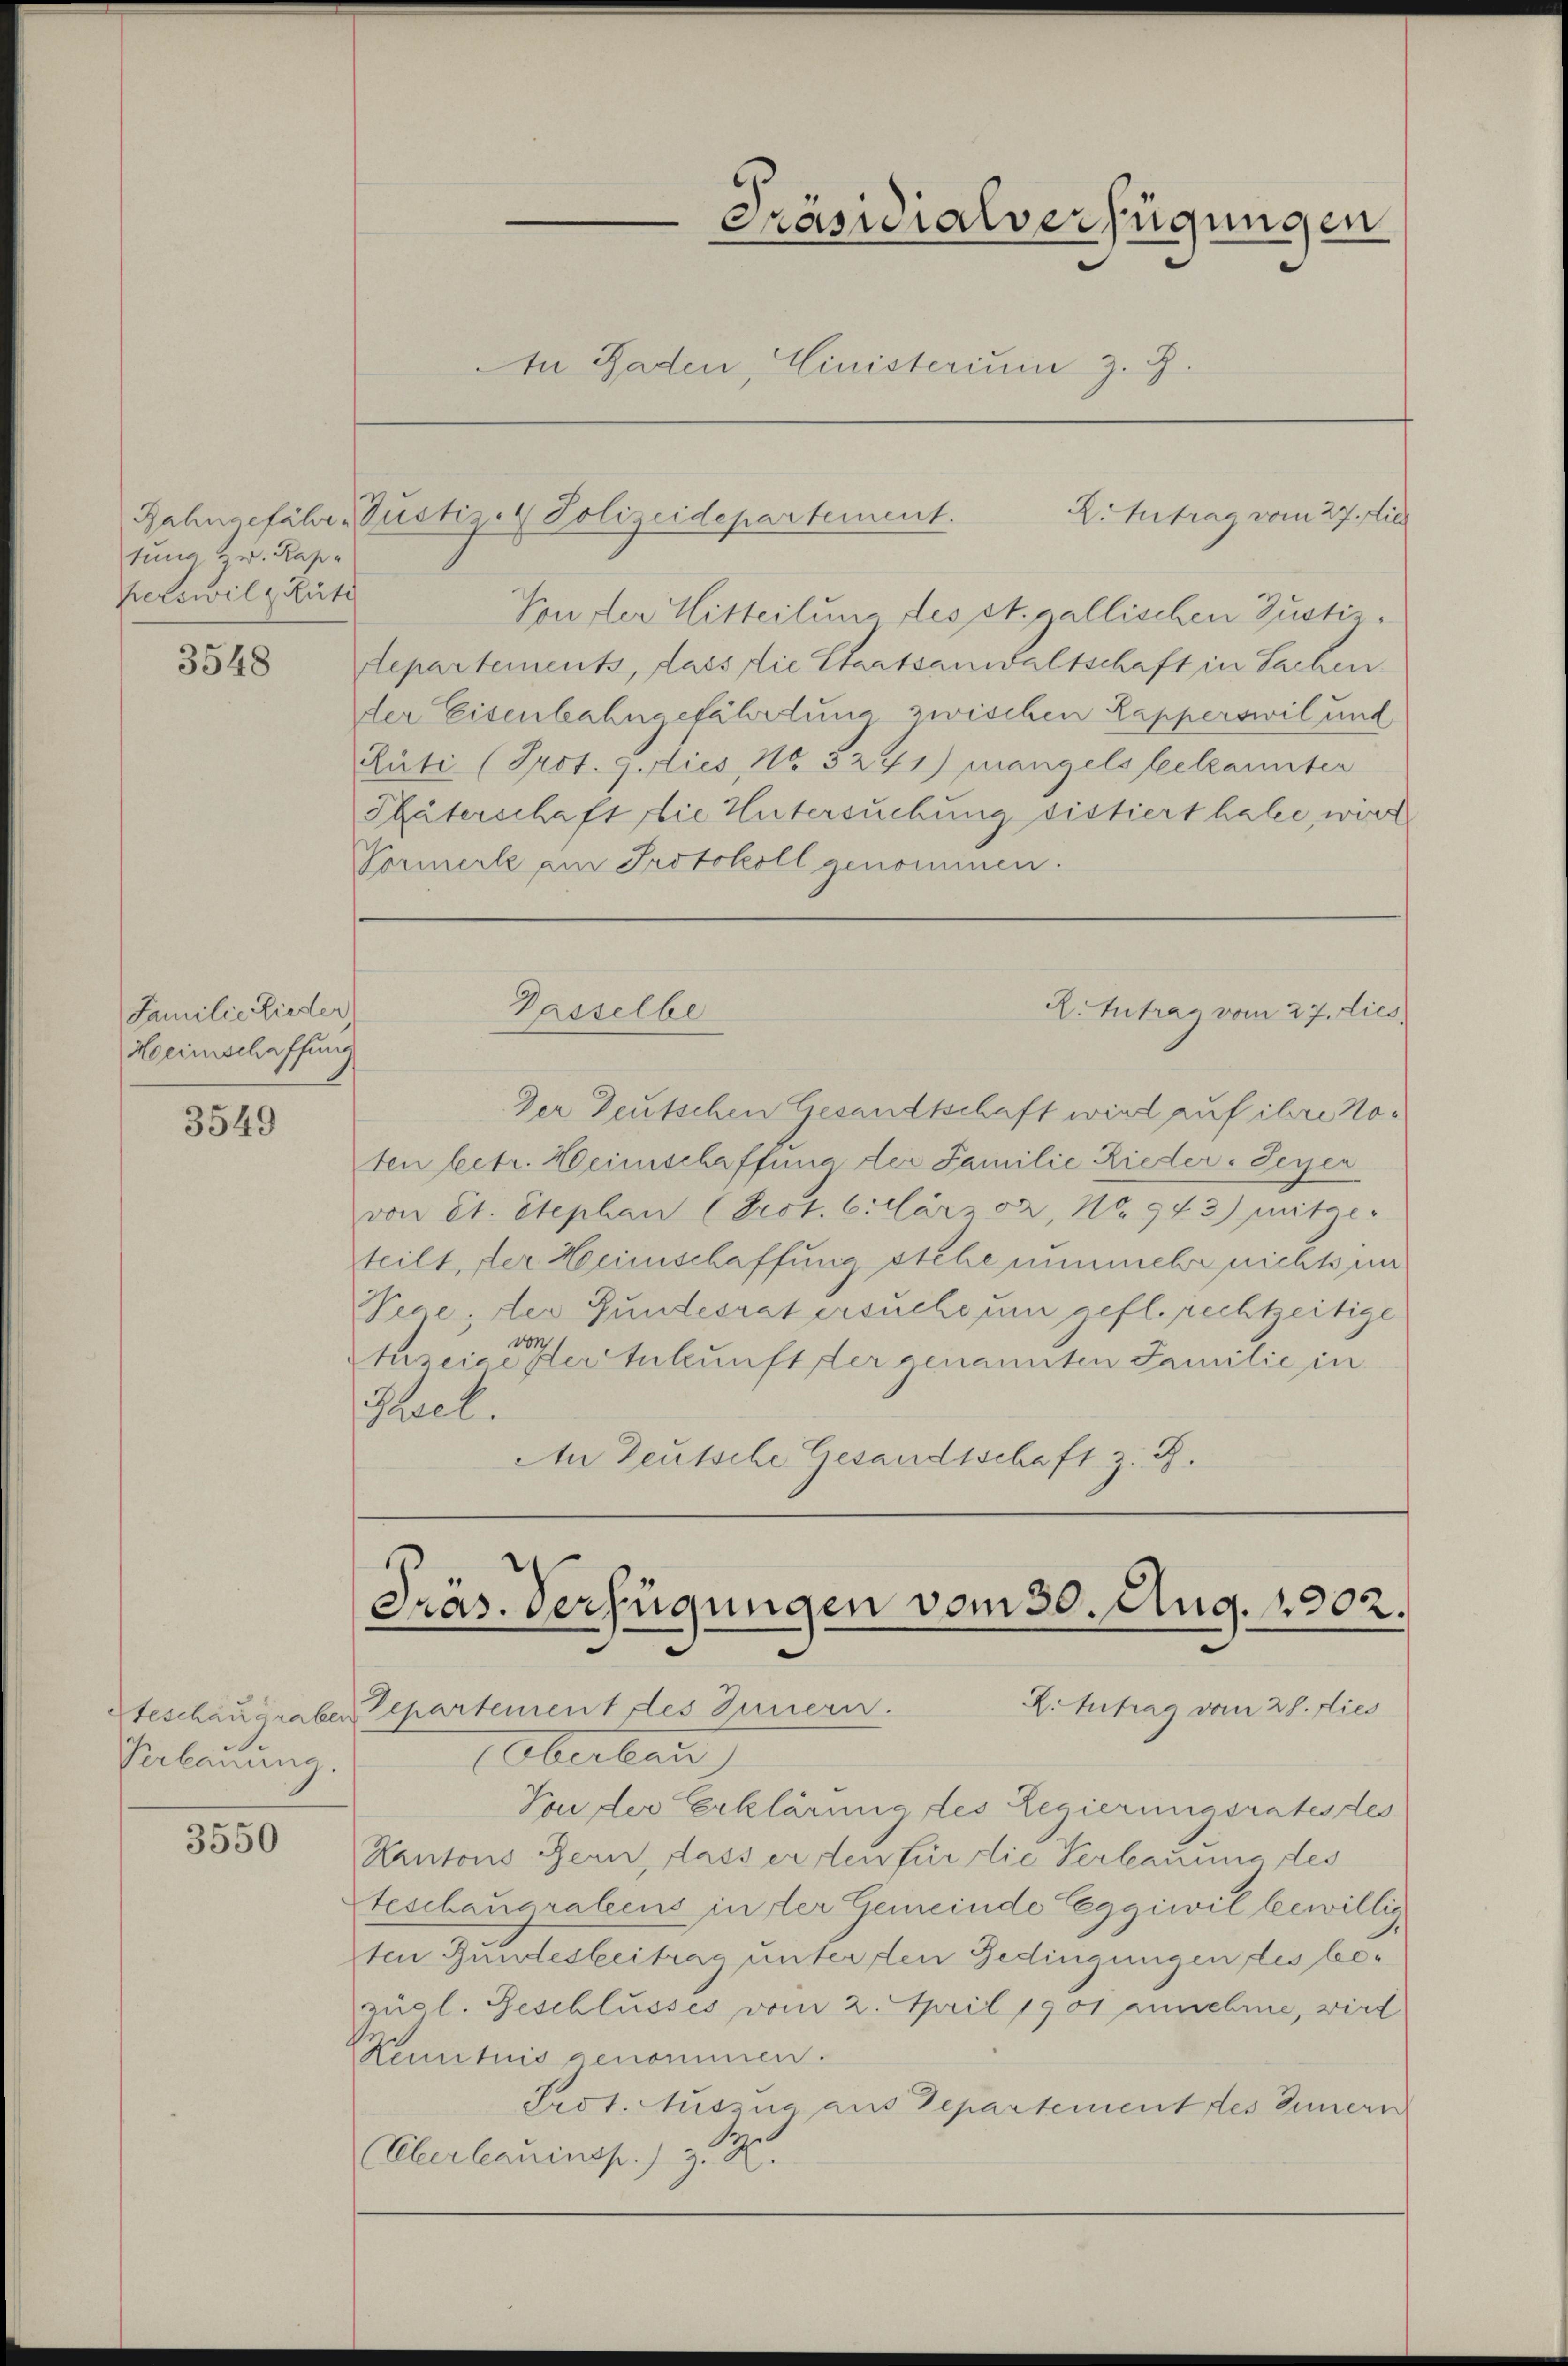
tung zu. Rapperswil & Rüti

3548

Familie Rieder
Heimschaffung

3549

Geschaueraben
Verbauung.

3550

Präsidialverfügungen
In Baden, Ministerium z. B.

Von der Mitteilung des st. gallischen Justizdepartements, dass die Staatsanwaltschaft in Sachen.
der Eisenbahngefährdung zwischen Kapperswil und
Rüti (Prot. J. dies, No. 5241) Mangels feekannter
Phäterschaft die Untersuchung sistiert habe, werd
Vormerk am Protokoll genommen.

K.Antrag vom 27. Di
Rahngefähr Justiz- & Polizeidepartement.

Passelbe

R. Antrag vom 27. dies

Der Deutschen Gesandtschaft wird auf ihre Noten betr. Heimschaffung der Familie Rieder-Seyen
von et. Stephan (Prot. Cillärzer, No. 973) mitges
teilt, der Heimschaffung stehe nunmehr nichts un
Vece; der Bundesrat ersuche um gefl. rechtzeitige
von
Auseige der Ankunft der genannten Familie in
Hael.
An Deutsche Gesandtschaft z. B.

Präs. Verfügungen vom 30. Aug. 1902.
X. Antrag vom 28. dies
Vepartement des Innern.

Oberbau
Von der Erklärung des Regierungsratestes
Kantons Bern, dass erten für die Verbauung des
teschaugrabens in der Gemeinde Eggiwil bewillig
ten Bundesbeitrag unter den Gedingungen des bezuol. Geschlusses vom 2. April 1901 annehme, wird
Kenntnis genommen.
Prot. Auszug aus Departement des Innern
Oberlauensp.) z. R.